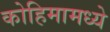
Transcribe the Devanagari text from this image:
कोहिमामध्ये